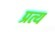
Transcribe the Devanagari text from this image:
प्रत्य